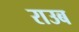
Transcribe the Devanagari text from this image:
राउब